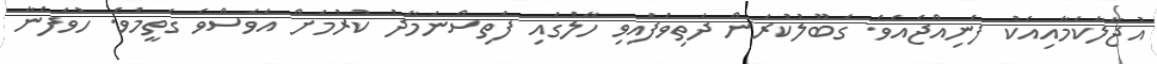
އުޖާލާކަމާއިއެކު ފެނިއްޖެއެވެ. ގަބޫލުކުރަން ދަތިވެފައިވި ހާލުގައި ފަތިސްނަމާދު ކުރުމަށް އަވަސްވެ ގަތީމެވެ. ހުވަފެނާ